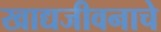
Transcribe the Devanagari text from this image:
खाद्यजीवनाचे